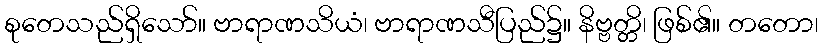
စုတေသည်ရှိသော်။ ဗာရာဏသိယံ၊ ဗာရာဏသီပြည်၌။ နိဗ္ဗတ္တိ၊ ဖြစ်၏။ တတော၊